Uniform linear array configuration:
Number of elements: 32
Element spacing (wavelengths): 0.75
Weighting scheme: hamming
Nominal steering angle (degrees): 0
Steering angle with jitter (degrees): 0.2985
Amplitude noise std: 0.05
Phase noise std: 0.05

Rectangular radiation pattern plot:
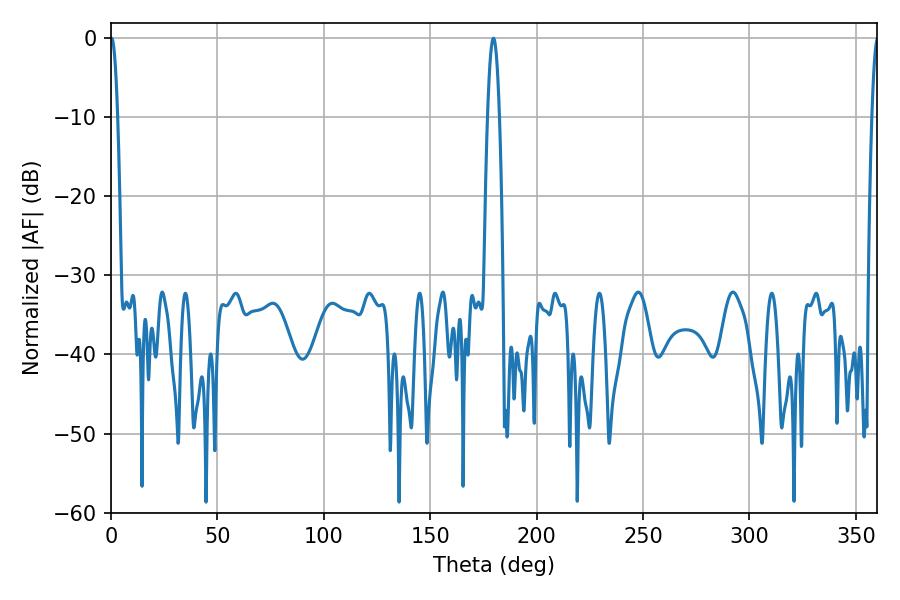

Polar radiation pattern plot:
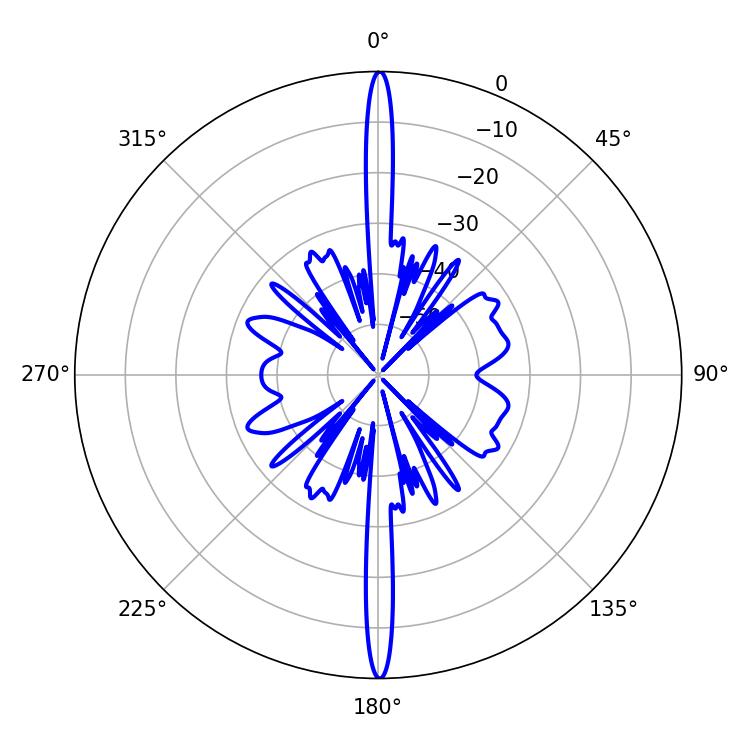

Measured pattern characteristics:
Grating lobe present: TRUE
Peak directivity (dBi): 34.416
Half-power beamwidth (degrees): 3.06
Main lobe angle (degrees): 179.64